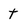
Character: t